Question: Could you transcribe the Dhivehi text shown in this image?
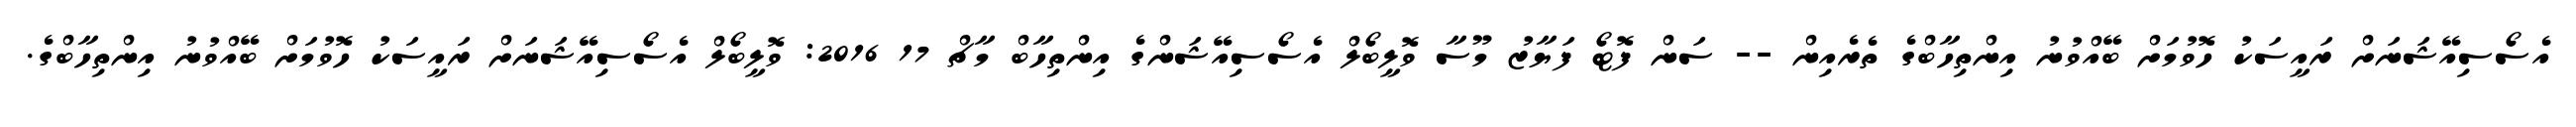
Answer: އެސޯސިއޭޝަނަށް ރައީސަކު ހޮވުމަށް ބޭއްވުނު އިންތިހާބްގެ ތެރެއިން -- ސަން ފޮޓޯ ފަޔާޒު މޫސާ ވޮލީބޯލް އެސޯސިއޭޝަންގެ އިންތިހާބް މާޗް 17 2016: ވޮލީބޯލް އެސޯސިއޭޝަނަށް ރައީސަކު ހޮވުމަށް ބޭއްވުނު އިންތިހާބްގެ.